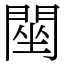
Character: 䦟